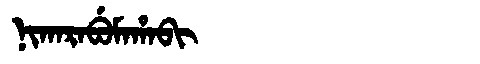
Manchu: ᠨᡳᡴᠠᡵᠠᠪᡠᠮᠠᡥᠠᠪᡳ
Romanization: NIKARABUMAHABI